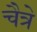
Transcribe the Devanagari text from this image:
चैत्रे